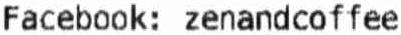
FACEBOOK: ZENANDCOFFEE